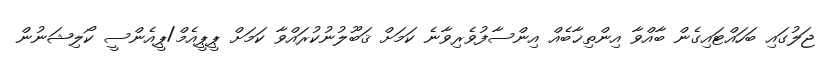
ޖަލުގައި ބަހައްޓައިގެން ބާއްވާ އިންތިޚާބެއް އިންސާފުވެރިވާނެ ކަމަށް ޤަބޫލުނުކުރައްވާ ކަމަށް ޕީޕީއެމް/ޕީއެންސީ ކޯލިޝަނުން